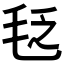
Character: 𣭛